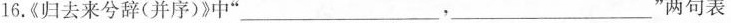
16.《归去来兮辞(并序)》中” ___，___”两句表